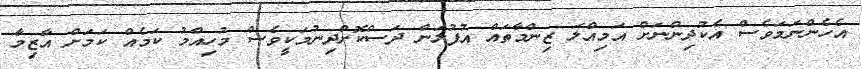
އެހެންނަމަވެސް އެކުދިންނަށް އަމިއްލަ ޒިންމާތައް އުފުލަން ދަސްކޮށްދިނުމަކީވެސް މުހިއްމު ކަމެއް ކަމަށް އާޒިމާ